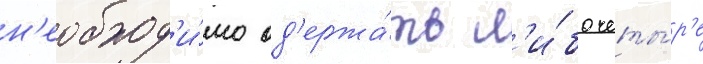
н'еобход'и́мо од'ержа́ть л'и́бо четы́р'е